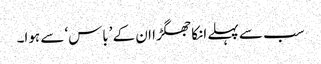
سب سے پہلے انکا جھگڑا ان کے ’باس‘ سے ہوا۔